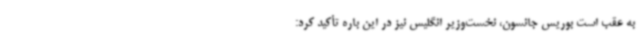
به عقب است بوریس جانسون، نخست‌وزیر انگلیس نیز در این باره تأکید کرد: